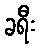
ခရီး